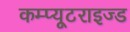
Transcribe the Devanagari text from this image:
कम्प्यूटराइज्ड